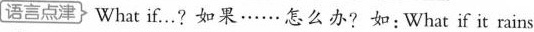
[语言点津} What if…?如果……怎么办?如:What if it rains